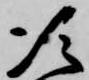
次